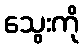
သွေးကို